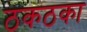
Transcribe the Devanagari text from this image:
ठकठका